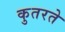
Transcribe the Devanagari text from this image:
कुतरते